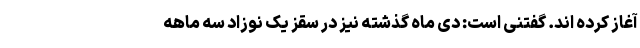
آغاز کرده اند. گفتنی است: دی ماه گذشته نیز در سقز یک نوزاد سه ماهه